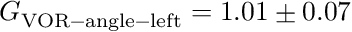
G _ { \mathrm { V O R - a n g l e - l e f t } } = 1 . 0 1 \pm 0 . 0 7